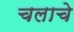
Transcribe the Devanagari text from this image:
चलाचे